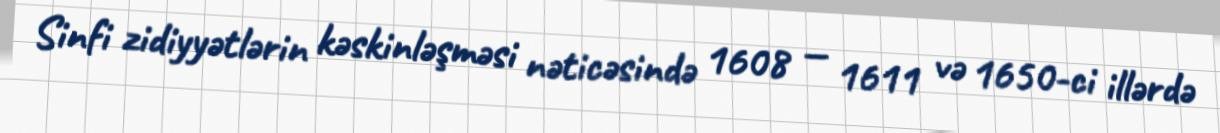
Sinfi zidiyyətlərin kəskinləşməsi nəticəsində 1608 — 1611 və 1650-ci illərdə